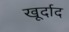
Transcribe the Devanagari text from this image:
खूर्दाद